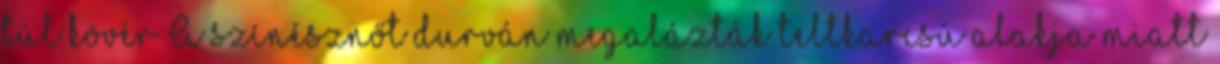
túl kövér A színésznőt durván megalázták teltkarcsú alakja miatt